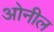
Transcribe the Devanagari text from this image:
ओनील